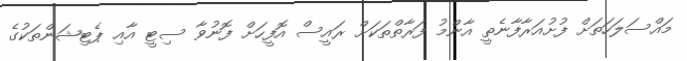
މައްސަލަހަތަށް ފުށުއަރާފާނެތީ އާންމު ފަރާތްތަކަށް ރައީސް އޮފީހަށް ފޮނުވާ ސިޓީ އާއި ޕެޓިޝަންތަކުގެ